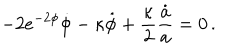
- 2 e ^ { - 2 \phi } \dot { \phi } - \kappa \dot { \phi } + \frac { \kappa } { 2 } \frac { \dot { a } } { a } = 0 \, .